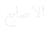
الاصابع